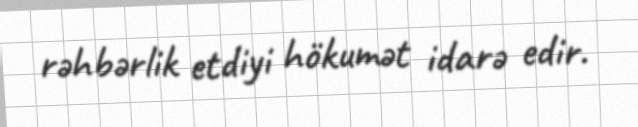
rəhbərlik etdiyi hökumət idarə edir.